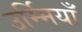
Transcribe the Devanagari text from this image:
उर्म्मियाँ